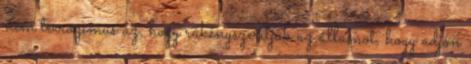
nem terrozimus az, hogy rákényszerítjük az államot, hogy adjon